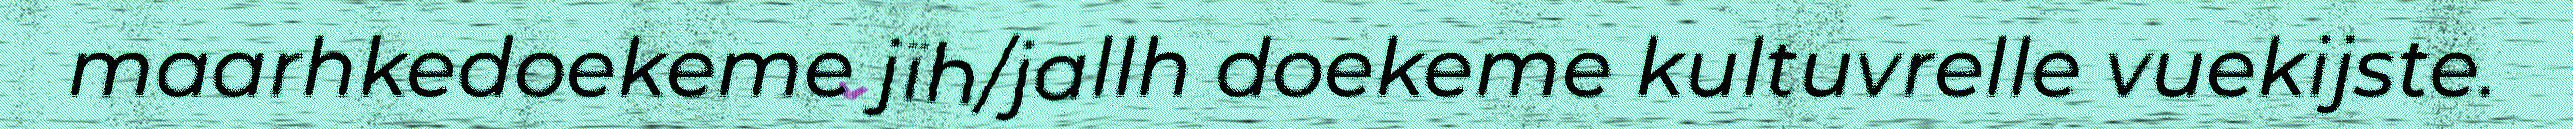
maarhkedoekeme jïh/jallh doekeme kultuvrelle vuekijste.